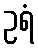
ဥရံ